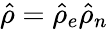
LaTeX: \hat{\rho}=\hat{\rho}_{e}\hat{\rho}_{n}